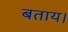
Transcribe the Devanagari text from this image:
बताय।